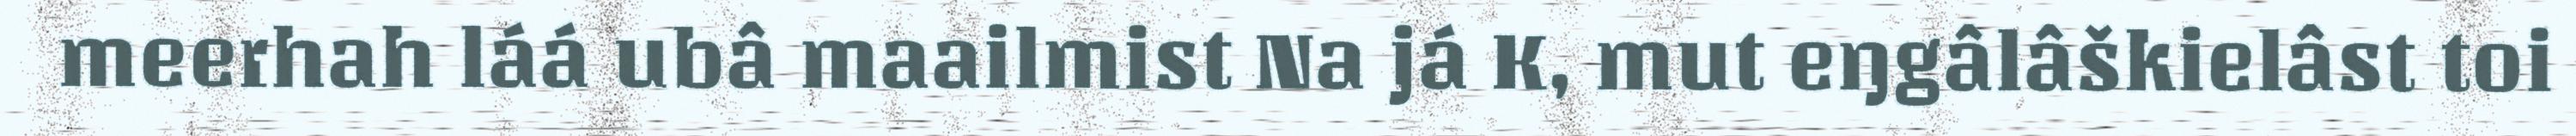
meerhah láá ubâ maailmist Na já K, mut eŋgâlâškielâst toi